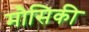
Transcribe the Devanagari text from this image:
मौसिकी